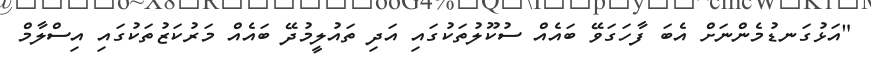
"އަޅުގަނޑުމެންނަށް އެބަ ފާހަގަވޭ ބައެއް ސުކޫލުތަކުގައި އަދި ތައުލީމުދޭ ބައެއް މަރުކަޒުތަކުގައި އިސްލާމް